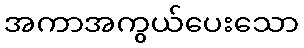
အကာအကွယ်ပေးသော